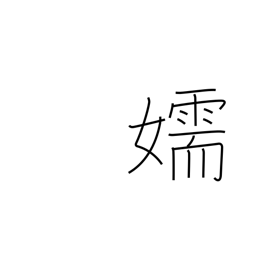
Meaning: mistress